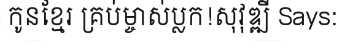
កូនខ្មែរ គ្រប់ម្ចាស់ប្លក!សុវុឌ្ឍី Says: